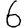
Digit: 6